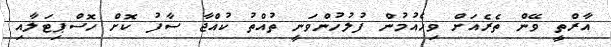
އާރްތީ ވޭން ތެރެއަށް ވިހެއުމުން ފުލުހުންވަނީ ތުއްތު ކުއްޖާ ސާފު ކޮށް ހޮސްޕިޓަލާއި